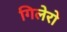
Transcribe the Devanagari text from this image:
गिलेरो